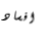
افساد